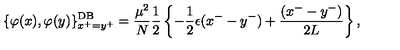
\{ \varphi ( x ) , \varphi ( y ) \} _ { x ^ { + } = y ^ { + } } ^ { \mathrm { D B } } = \frac { \mu ^ { 2 } } { N } \frac { 1 } { 2 } \left\{ - \frac { 1 } { 2 } \epsilon ( x ^ { - } - y ^ { - } ) + \frac { ( x ^ { - } - y ^ { - } ) } { 2 L } \right\} ,